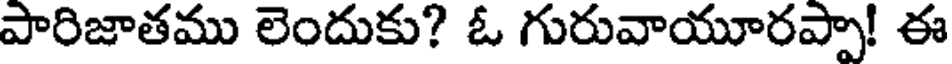
పారిజాతము లెందుకు? ఓ గురువాయూరప్పా! ఈ